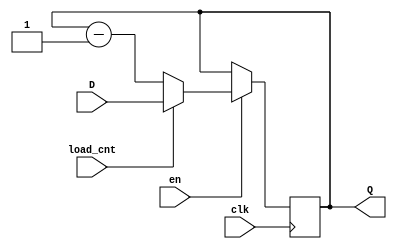
module count
#(parameter WIDTH = 4)(
input [WIDTH - 1:0] D, 
input load_cnt, en, clk,
output reg [WIDTH - 1:0] Q
);

always @ (posedge clk) begin
if (en == 1) begin
    if (load_cnt == 0) begin
        Q <= Q - 1;
    end 
    else begin
        Q <= D;
    end
end
else begin
    Q <= Q;
end
end
endmodule